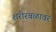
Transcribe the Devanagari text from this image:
शरीरबळावर